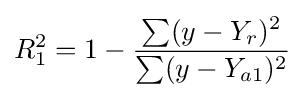
R_{1}^{2}=1-{\frac {\sum (y-Y_{r})^{2}}{\sum (y-Y_{a1})^{2}}}